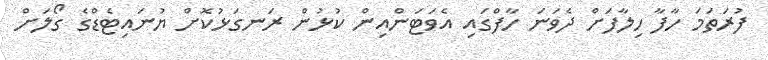
ފުރަަތަމަ ހާފާ ހިލާފަށް ދެވަނަ ހާފްގައި އެވަޓަންއިން ކުޅުން ރަނގަޅުކޮށް ޔުނައިޓެޑްގެ ގޯލަށް